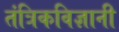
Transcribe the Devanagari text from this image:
तंत्रिकविज्ञानी